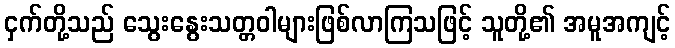
ငှက်တို့သည် သွေးနွေးသတ္တဝါများဖြစ်လာကြသဖြင့် သူတို့၏ အမူအကျင့်